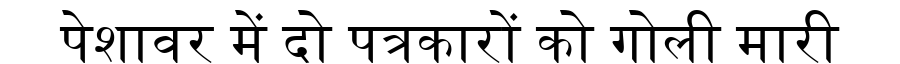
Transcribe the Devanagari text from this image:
पेशावर में दो पत्रकारों को गोली मारी